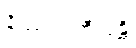
နိဿာရဏီယန္တိ